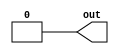
module TC_Constant(out);
    parameter UUID = 0;
    parameter NAME = "";
    parameter BIT_WIDTH = 1;
    parameter value = {BIT_WIDTH{1'b0}};
    output [BIT_WIDTH-1:0] out;
    
    assign out = value;
endmodule